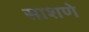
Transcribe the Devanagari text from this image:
साशणे